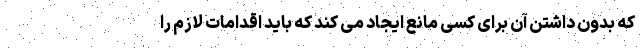
که بدون داشتن آن برای کسی مانع ایجاد می کند که باید اقدامات لازم را